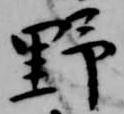
野